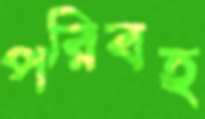
পরিবহ